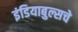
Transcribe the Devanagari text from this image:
इंडियाबुल्सचे